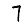
Digit: 7